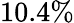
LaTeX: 10.4\%